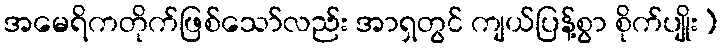
အမေရိကတိုက်ဖြစ်သော်လည်း အာရှတွင် ကျယ်ပြန့်စွာ စိုက်ပျိုး)